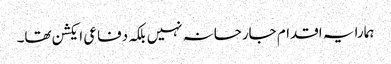
ہمارا یہ اقدام جارحانہ نہیں بلکہ دفاعی ایکشن تھا۔